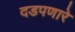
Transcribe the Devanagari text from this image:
दडपणारे